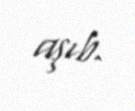
aşıb.